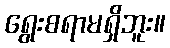
ရွေးစရာမရှိဘူး။